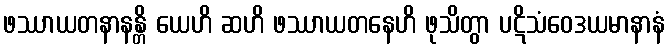
ဖဿာယတနာနန္တိ ယေဟိ ဆဟိ ဖဿာယတနေဟိ ဖုသိတွာ ပဋိသံဝေဒယမာနာနံ